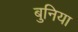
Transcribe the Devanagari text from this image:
बुनिया